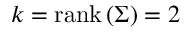
k = { \mathrm { r a n k } } \left( \Sigma \right) = 2